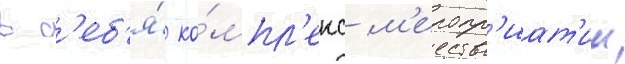
в с'еб'я́ ко́мпл'екс м'еропр'иат'ии